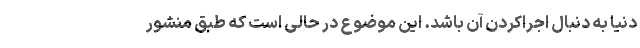
دنیا به دنبال اجراکردن آن باشد. این موضوع در حالی است که طبق منشور